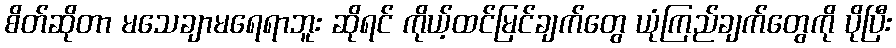
စိတ်ဆိုတာ မသေချာမရေရာဘူး ဆိုရင် ကိုယ့်ထင်မြင်ချက်တွေ ယုံကြည်ချက်တွေကို ပိုပြီး